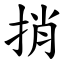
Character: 捎